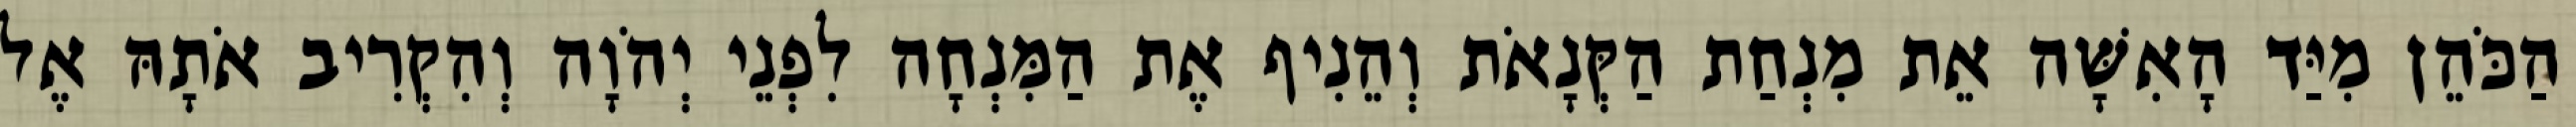
הַכֹּהֵן מִיַּד הָאִשָּׁה אֵת מִנְחַת הַקְּנָאֹת וְהֵנִיף אֶת הַמִּנְחָה לִפְנֵי יְהֹוָה וְהִקְרִיב אֹתָהּ אֶל